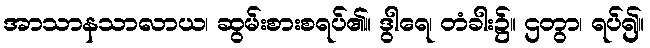
အာသာနသာလာယ၊ ဆွမ်းစားစရပ်၏။ ဒွါရေ၊ တံခါး၌။ ဌတွာ၊ ရပ်၍။